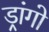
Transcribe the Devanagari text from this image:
ड्रांगो